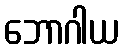
ဘောဂါယ